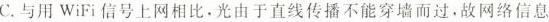
C.与用WiFi信号上网相比·光由于直线传播不能穿墙而过。故网络信息